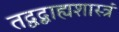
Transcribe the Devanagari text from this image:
तद्वद्बाह्यशास्त्रं